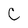
Character: C